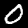
Label: 0